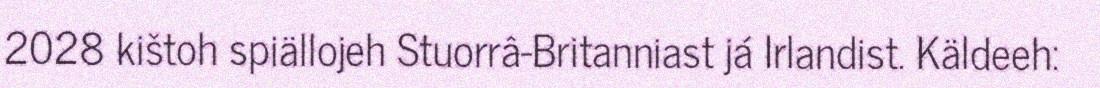
2028 kištoh spiällojeh Stuorrâ-Britanniast já Irlandist. Käldeeh: